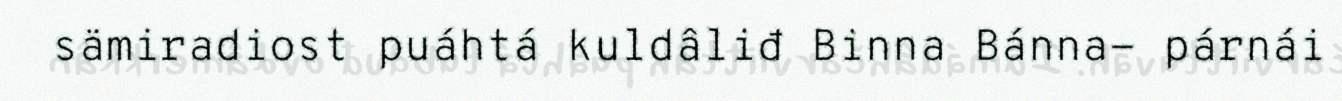
sämiradiost puáhtá kuldâliđ Binna Bánna- párnái